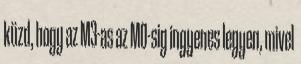
küzd, hogy az M3-as az M0-sig ingyenes legyen, mivel